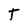
Character: T